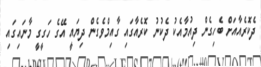
ދެކޮރެއާއަށް ބެހިގެން ދިއުމާއެކު ދެކުނު ކޮރެއާގައި ގާއިމްވެގެން ދިޔައީ އޭގެ ހަގީގީ މާނައިގައި